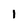
Character: 1